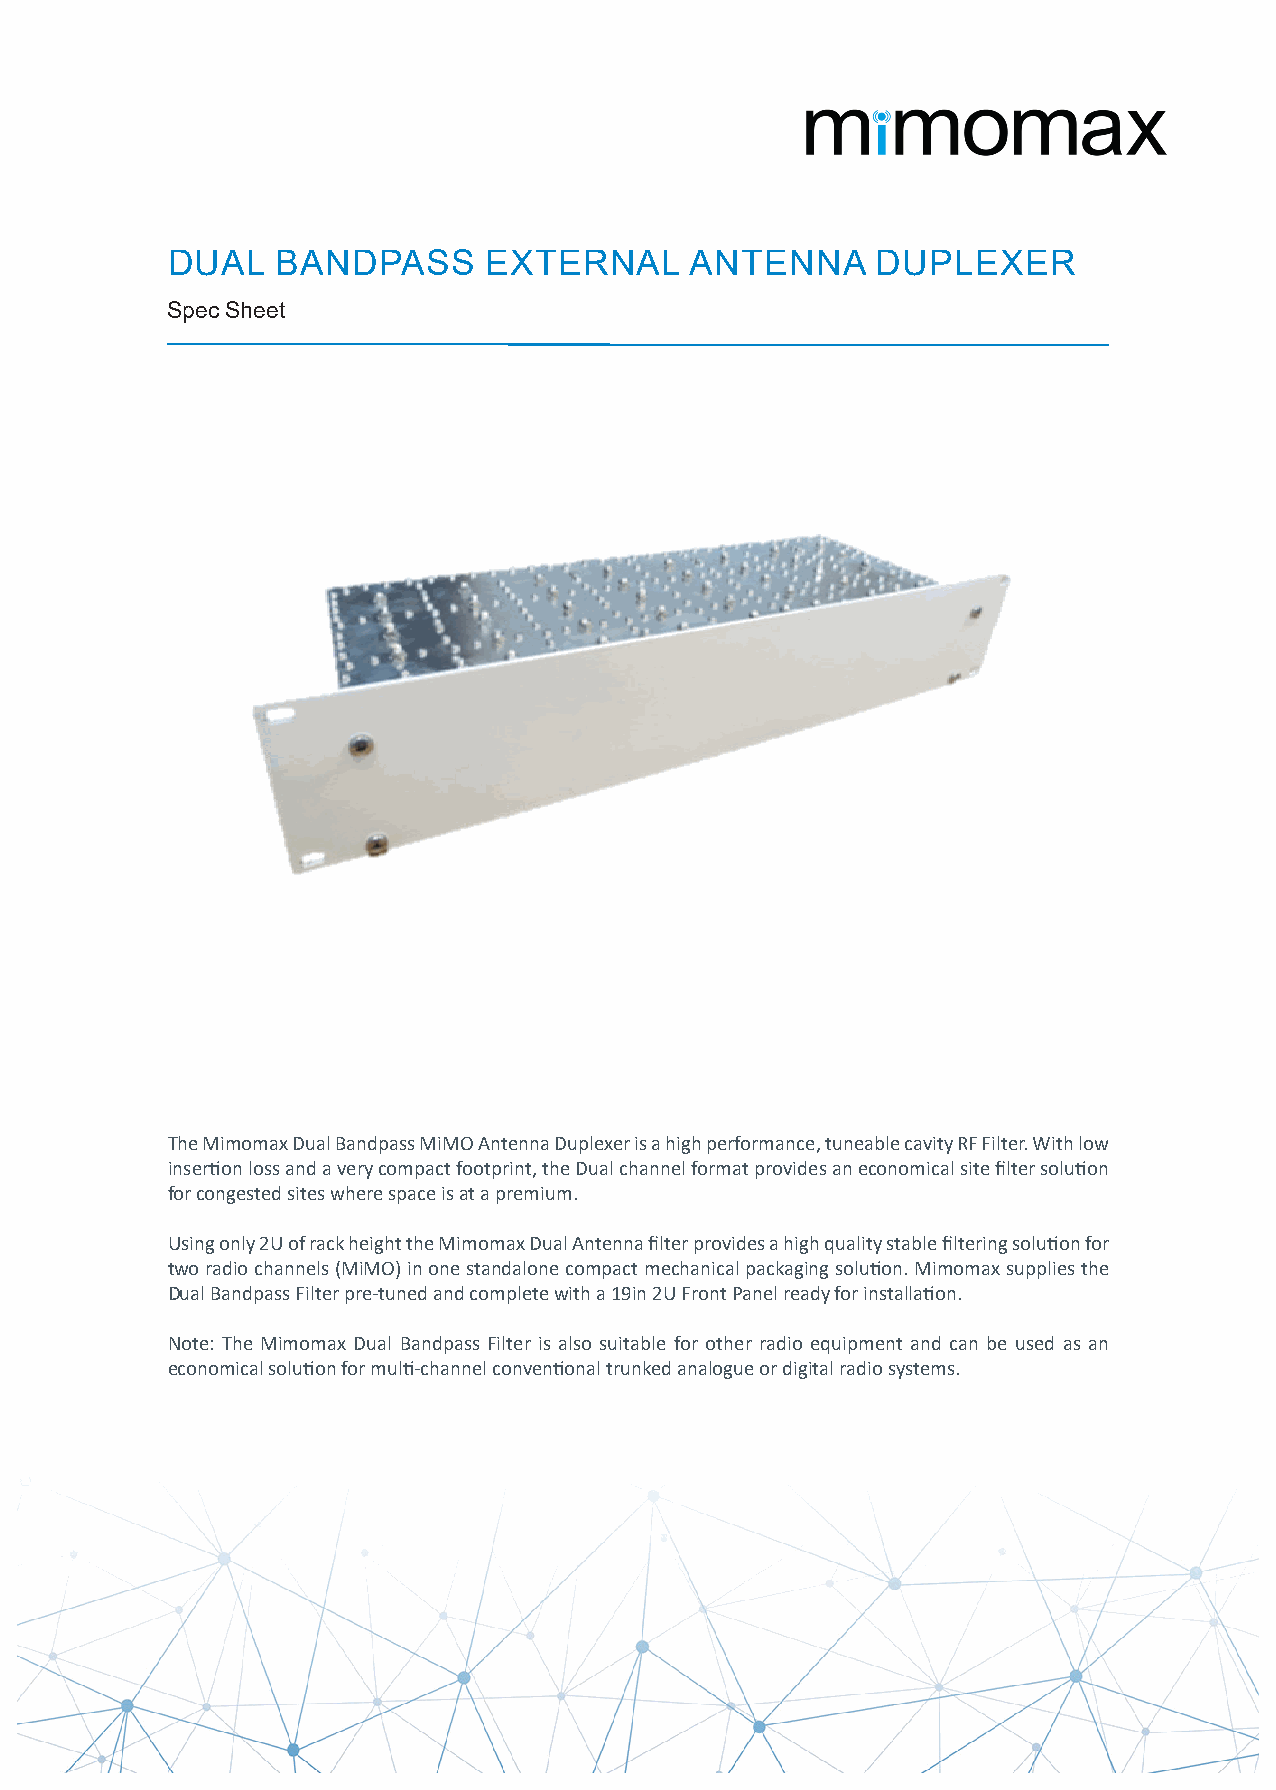
DUAL   BANDPASS      EXTERNAL      ANTENNA     DUPLEXER
 Spec Sheet
 The Mimomax Dual Bandpass MiMO Antenna Duplexer is a high performance, tuneable cavity RF Filter. With low
 insertion loss and a very compact footprint, the Dual channel format provides an economical site filter solution
 for congested sites where space is at a premium.
 Using only 2U of rack height the Mimomax Dual Antenna filter provides a high quality stable filtering solution for
 two radio channels (MiMO) in one standalone compact mechanical packaging solution. Mimomax supplies the
 Dual Bandpass Filter pre-tuned and complete with a 19in 2U Front Panel ready for installation.
 Note: The Mimomax Dual Bandpass Filter is also suitable for other radio equipment and can be used as an
 economical solution for multi-channel conventional trunked analogue or digital radio systems.